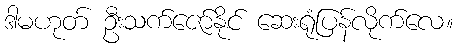
ဒါမဟုတ် ဦးသက်ဇော်နိုင် ဆေးရုံပြန်လိုက်လေ။